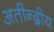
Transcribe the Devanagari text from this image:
अतीन्‍द्रीय